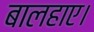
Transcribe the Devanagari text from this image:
बालहाए।